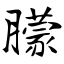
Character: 朦